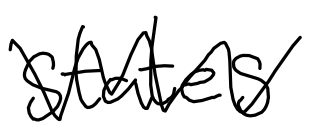
Text: States
Cross-out: zig-zag
Writing tool: digital_black